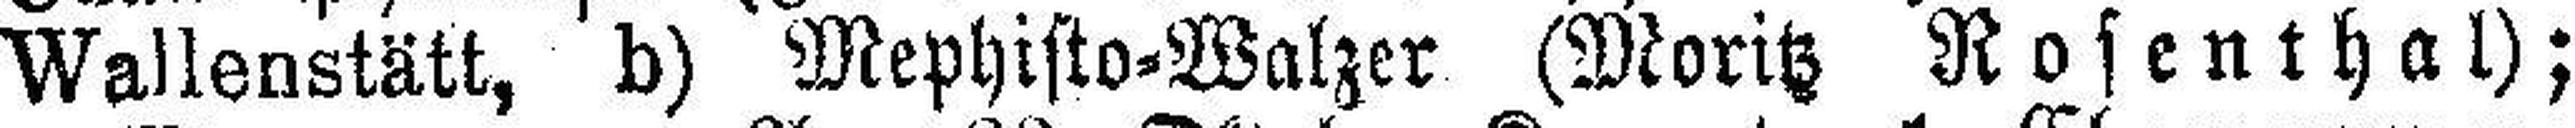
Wallenstätt, b) Mephisto=Walzer (Moritz Rosenthal);